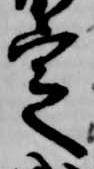
定